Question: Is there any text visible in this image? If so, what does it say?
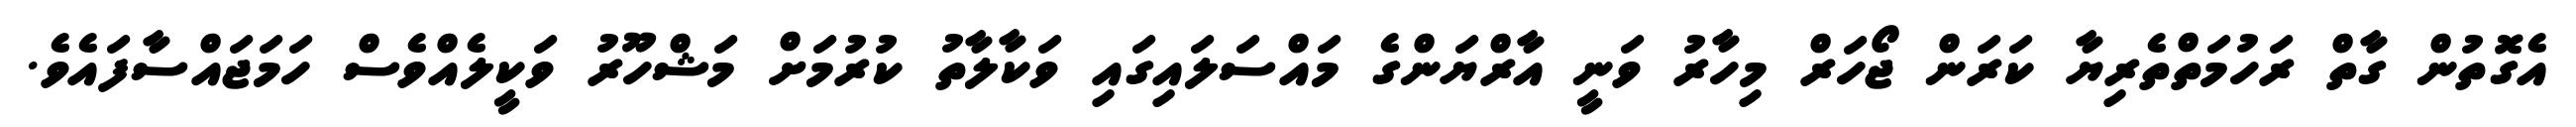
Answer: އެގޮތުން ގާތް ރަހުމަތްތެރިޔާ ކަރަން ޖޯހަރް މިހާރު ވަނީ އާރްޔަންގެ މައްސަލައިގައި ވަކާލާތު ކުރުމަށް މަޝްހޫރު ވަކީލެއްވެސް ހަމަޖައްސާފައެވެ.